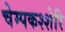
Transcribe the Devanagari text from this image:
चेम्पकश्शेरि